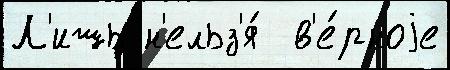
Л'ишь н'ельз'я́  в'е́рноjе